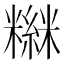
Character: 𥼮